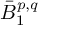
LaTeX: { \bar { B } } _ { 1 } ^ { p , q }